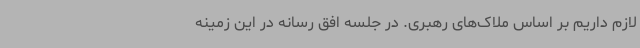
لازم داریم بر اساس ملاک‌های رهبری. در جلسه افق رسانه در این زمینه